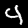
Digit: 4